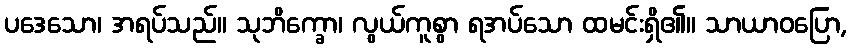
ပဒေသော၊ အရပ်သည်။ သုဘိက္ခော၊ လွယ်ကူစွာ ရအပ်သော ထမင်းရှိ၏။ သာယာဝပြော,